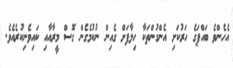
އެހެންވެ ބައްޕަގެ ހަރުކަށި އެންގުންތަކާ ހިލާފަށް ގެއިން ނުކުމެގެން ގޮސް މީރާއާއި ކައިވެނިކުރެއެވެ.